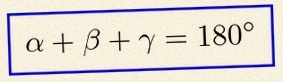
\alpha+\beta+\gamma=180^\circ